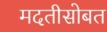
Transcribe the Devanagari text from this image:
मदतीसोबत